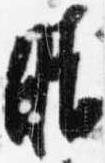
晴